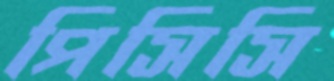
পিসিসি